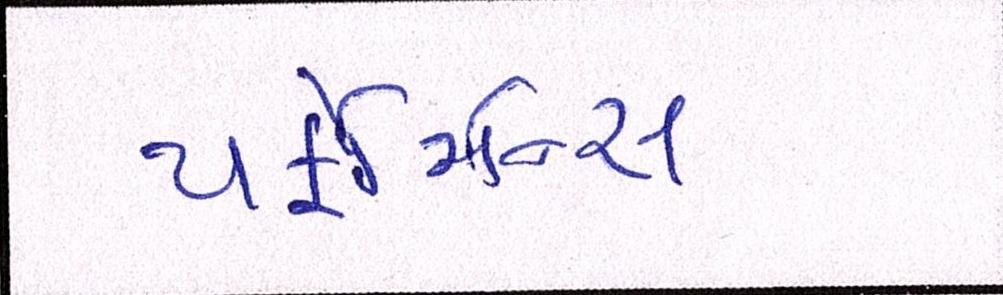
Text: પર્ફોર્મન્સ